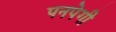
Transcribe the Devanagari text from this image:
पनपेगी